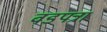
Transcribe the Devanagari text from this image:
वडपत्रा